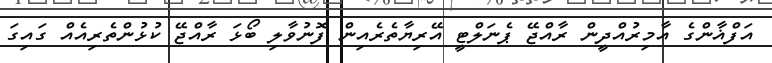
އަފްޣާންގެ އާމިރުއްދީން ރާއްޖޭ ޕެނަލްޓީ އޭރިޔާތެރެއިން ފޮނުވާލި ބޯޅަ ރާއްޖޭ ކުޅުންތެރިއެއް ގައިގަ